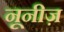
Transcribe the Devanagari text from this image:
नूनीज़